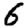
Digit: 6